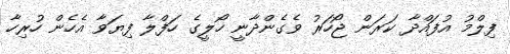
ފިލްމު އުފައްދާ ކަރަން ޖޯހަރު ވެގެންދާނީ ހޯލީގެ ހަފްލާ ފިޔަވާ އެހެން ހުރިހާ